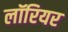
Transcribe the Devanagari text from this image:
लॉरियर